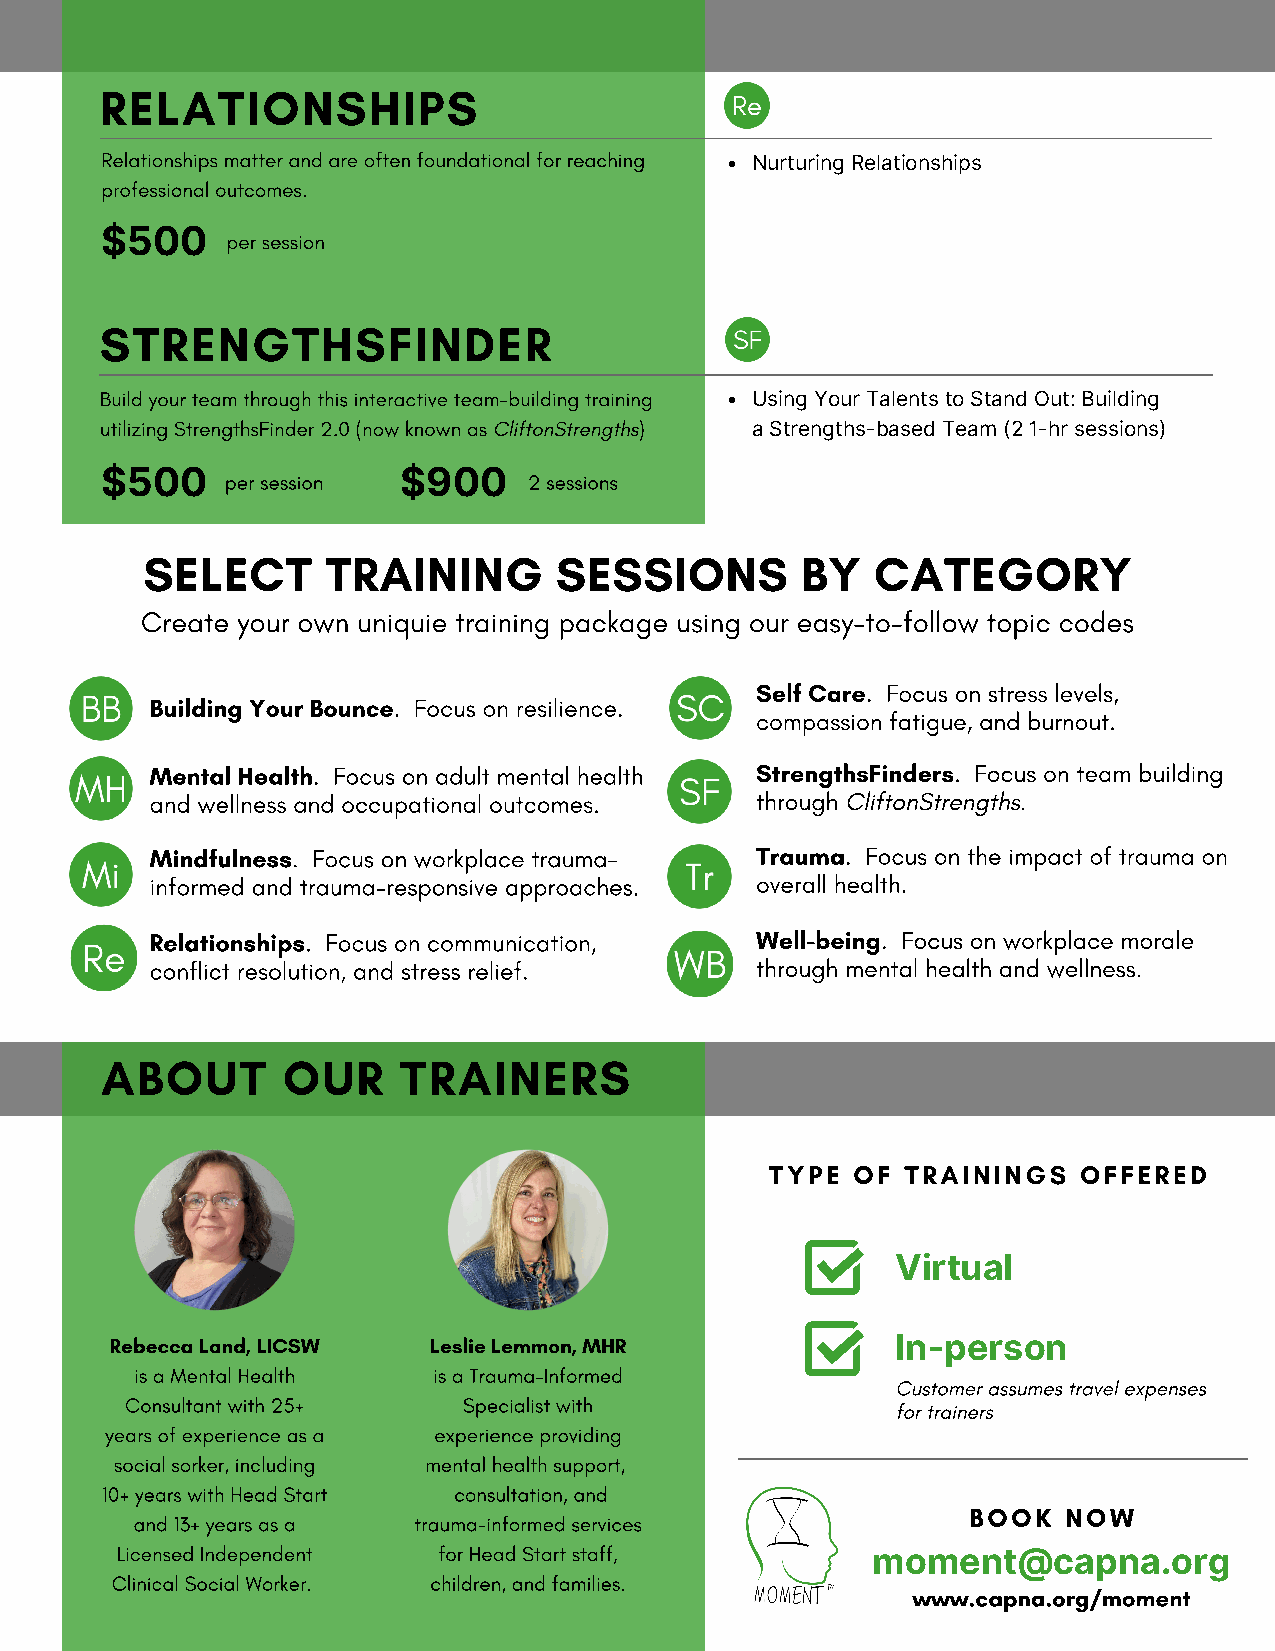
RELATIONSHIPS
 Relationships matter and are often foundational for reaching
 Nurturing Relationships
 professional outcomes.
 $500    per session
 STRENGTHSFINDER
 Build your team through this interactive team-building training Using Your Talents to Stand Out: Building
 utilizing StrengthsFinder 2.0 (now known as CliftonStrengths) a Strengths-based Team (2 1-hr sessions)
 $500    per session $900    2 sessions
 SELECT       TRAINING       SESSIONS        BY   CATEGORY
 Create your own uniquie training package using our easy-to-follow topic codes
 Self Care. Focus on stress levels,
 Building Your Bounce. Focus on resilience.
 compassion fatigue, and burnout.
 Mental Health. Focus on adult mental health StrengthsFinders. Focus on team building
 and wellness and occupational outcomes. through CliftonStrengths.
 Mindfulness. Focus on workplace trauma- Trauma. Focus on the impact of trauma on
 informed and trauma-responsive approaches. overall health.
 Relationships. Focus on communication,  Well-being. Focus on workplace morale
 conflict resolution, and stress relief. through mental health and wellness.
 ABOUT       OUR    TRAINERS
 TYPE OF  TRAININGS   OFFERED
 Virtual
 Rebecca Land, LICSW  Leslie Lemmon, MHR             In-person
 is a Mental Health  is a Trauma-Informed
 Customer assumes travel expenses
 Consultant with 25+    Specialist with
 for trainers
 years of experience as a experience providing
 social sorker, including mental health support,
 10+ years with Head Start consultation, and
 BOOK   NOW
 and 13+ years as a trauma-informed services
 Licensed Independent for Head Start staff,        moment@capna.org
 Clinical Social Worker. children, and families.
 www.capna.org/moment